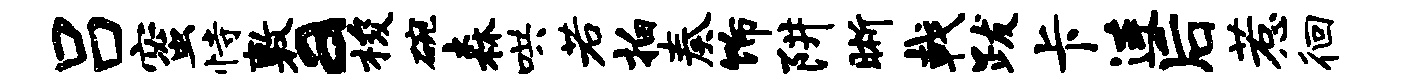
吕蜜恃敷a梭碗森哄若拍奏饰阱晰戟跋卡连后惹徊